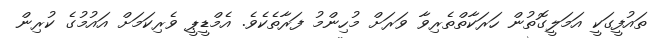
ތައުފީގަކީ އަމަލީގޮތުން ހަރަކާތްތެރިވާ ވަރަށް މުހިންމު ފަރާތެކެވެ. އެމްޑީޕީ ވެރިކަމަށް އައުމުގެ ކުރިން